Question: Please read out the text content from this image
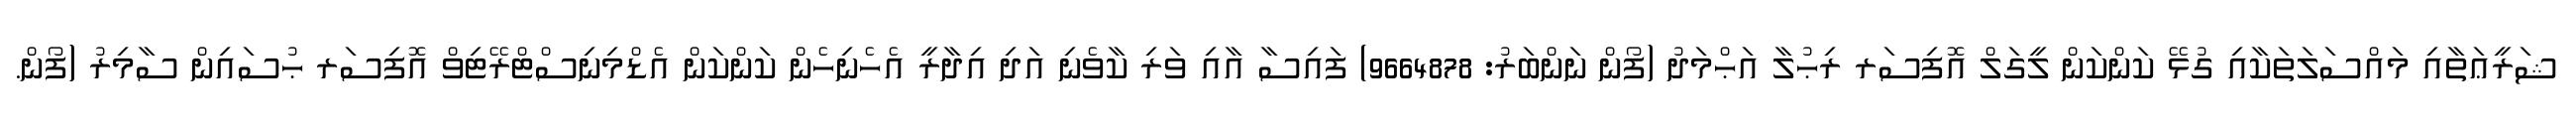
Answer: ޝަރީޢަތާއި މައްސަލަތަކާއި ގުޅޭ ކަންކަން ލީގަލް އޮފިސަރ ރިޙުލާ އަޙްމަދު (ފޯން ނަންބަރު: 9664878) ފައިސާ އާއި ވަރި ކާވެނި އަދި އިދާރީ އެހެނިހެން ކަންކަން އެޑްމިނިސްޓްރޭޓިވް އޮފިސަރ ޙުސައިން ސާމިރު (ފޯން.